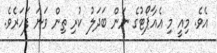
އެވެ. މިއީ މި އެއާޕޯޓުގެ ނަން ބަދަލު ކުރި ތިން ވަނަ ފަހަރެވެ.